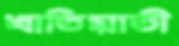
খাতিয়াতী